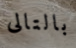
بالتالى